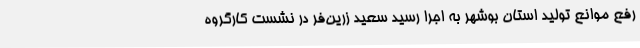
رفع موانع تولید استان بوشهر به اجرا رسید سعید زرین‌فر در نشست کارگروه